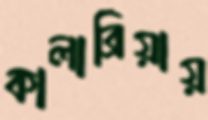
কালাব্রিয়ায়